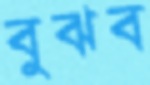
বুঝব